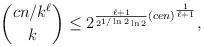
LaTeX: \begin{align*}\binom{c n/k^{\ell}}{k}\leq 2^{\frac{\ell + 1}{2^{1/\ln 2}\ln 2}(cen)^{\frac{1}{\ell + 1}}},\end{align*}